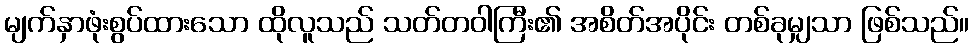
မျက်နှာဖုံးစွပ်ထားသော ထိုလူသည် သတ်တဝါကြီး၏ အစိတ်အပိုင်း တစ်ခုမျှသာ ဖြစ်သည်။